Report on horse surra - Volume I
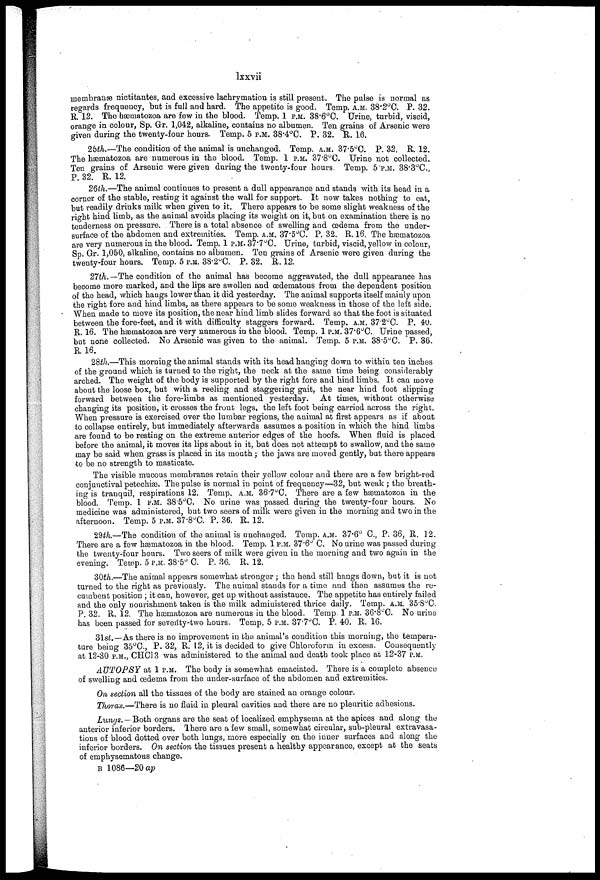
lxxvii
membranse nictitantes, and excessive lachrymation is still present. The pulse is normal as
regards frequency, but is full and hard. The appetite is good. Temp. A.M. 38.2°C. P. 32.
R 12. The hæmatozoa are few in the blood. Temp. 1 P.M. 38.6°C. Urine, turbid, viscid,
orange in colour, Sp. Gr. 1,042, alkaline, contains no albumen. Ten grains of Arsenic were
given during the twenty-four hours. Temp. 5 P.M. 38.4°C. P. 32. R. 1.6.
2bth.—The condition of the animal is unchanged. Temp. A.M. 37.5°C. P. 32. R. 12.
The hæmatozoa are numerous in the blood. Temp. 1 P.M. 37.8°C. Urine not collected.
Ten grains of Arsenic were given during the twenty-four hours. Temp. 5 PM. 38.3°C.
P. 32. R. 12.
26th.—The animal continues to present a dull appearance and stands with its head in a
corner of the stable, resting it against the wall for support. It now takes nothing to eat,
but readily drinks milk when given to it. There appears to be some slight weakness of the
right hind limb, as the animal avoids placing its weight on it, but on examination there is no
tenderness on pressure. There is a total absence of swelling and oedema from the under-
surfaoe of the abdomen and extremities. Temp. A.M. 37.5°C. P. 32. R. 16. The hæmatozoa
are very numerous in the blood. Temp. 1 P.M. 37.7°C. Urine, turbid, viscid, yellow in colour,
Sp. Gr. 1,050, alkaline, contains no albumen. Ten grains of Arsenic were given during the
twenty-four hours. Temp. 5 P.M. 38..2°C. P. 32. R. 12.
27th.—The condition of the animal has become aggravated, the dull appearance has
become more marked, and the lips are swollen and œdematous from the dependent position
of the head, which hangs lower than it did yesterday. The animal supports itself mainly upon
the right fore and hind limbs, as there appears to be some weakness in those of the left side.
When made to move its position, the near hind limb slides forward so that the foot is situated
between the fore-feet, and it with difficulty staggers forward. Temp. A.M. 37.2°C. P. 40.
R. 16. The hæmatozoa are very numerous in the blood. Temp. 1 P.M. 37.6°C. Urine passed,
but none collected. No Arsenic was given to the animal. Temp. 5 P.M. 38.5°G. P. 36.
R. 16.
28th.—This morning the animal stands with its head hanging down to within ten inches
of the ground which is turned to the right, the neck at the same time being considerably
arched. The weight of the body is supported by the right fore and hind limbs. It can move
about the loose box, but with a reeling and staggering gait, the near hind foot slipping
forward between the fore-limbs as mentioned yesterday. At times, without otherwise
changing its position, it crosses the front legs, the left foot being carried across the right.
When pressure is exercised over the lumbar regions, the animal at first appears as if about
to collapse entirely, but immediately afterwards assumes a position in which the hind limbs
are found to be resting on the extreme anterior edges of the hoofs. When fluid is placed
before the animal, it moves its lips about in it, but does not attempt to swallow, and the same
may be said when grass is placed in its mouth; the jaws are moved gently, but there appears
to be no strength to masticate.
The visible mucous membranes retain their yellow colour and there are a few bright-red
conjunctival petechias. The pulse is normal in point of frequency—32, but weak ; the breath-
ing is tranquil, respirations 12. Temp. A.M. 36.7°C. There are a few hæmatozoa in the
blood. Temp. 1 P.M. 38.5°C. No urine was passed during the twenty-four hours. No
medicine was administered, but two seers of milk were given in the morning and two in the
afternoon. Temp. 5 P.M. 37.8°C. P. 36. R. 12.
29th.—The condition of the animal is unchanged. Temp. A.M. 37.6°C., P. 36, R. 12.
There are a few hæmatozoa in the blood. Temp. 1 P.M. 37.6° C. No urine was passed during
the twenty-four hours. Two seers of milk were given in the morning and two again in the
evening. Temp. 5 P.M. 38.5° C. P. 36. R. 12.
30th.—The animal appeal's somewhat stronger ; the head still hangs down, but it is not
turned to the right as previously. The animal stands for a time and then assumes the re-
cumbent position ; it can, however, get up without assistance. The appetite has entirely failed
and the only nourishment taken is the milk administered thrice daily. Temp. A.M. 35.8°C
P. 32. R. 12, The hæmatozoa are numerous in the blood. Temp. 1 P.M. 36.8°C. No urine
has been passed for severity-two hours. Temp. 5 P.M. 37.7°C. P. 40. R. 16.
31st.—As there is no improvement in the animal's condition this morning, the tempera-
ture being 35°C., P. 32, R. 12, it is decided to give Chloroform in excess. Consequently
at 12-30 P.M., CHC13 was administered to the animal and death took place at 12-37 P.M.
AUTOPSY at 1 P.M. The body is somewhat emaciated. There is a complete absence
of swelling and oedema from the under-surface of the abdomen and extremities.
On section all the tissues of the body are stained an orange colour.
Thorax.—There is no fluid in pleural cavities and there are no pleuritic adhesions.
Lungs.—Both organs are the seat of localized emphysema at the apices and along the
anterior inferior borders. There are a few small, somewhat circular, sub-pleural extravasa-
tions of blood dotted over both lungs, more especially on the inner surfaces and along the
inferior borders. On section the tissues present a healthy appearance, except at the seats
of emphysematous change.
B 1086—20 ap